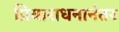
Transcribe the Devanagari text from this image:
प्रियाराधनानंतर